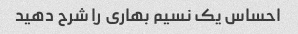
احساس یک نسیم بهاری را شرح دهید